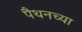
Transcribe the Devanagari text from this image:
पैथनच्या